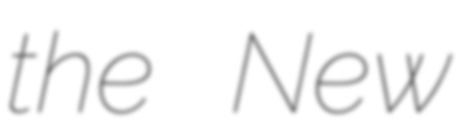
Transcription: the New